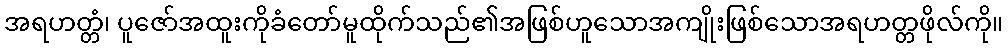
အရဟတ္တံ၊ ပူဇော်အထူးကိုခံတော်မူထိုက်သည်၏အဖြစ်ဟူသောအကျိုးဖြစ်သောအရဟတ္တဖိုလ်ကို။